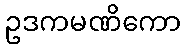
ဥဒကမဏိကော